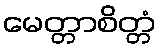
မေတ္တာစိတ္တံ